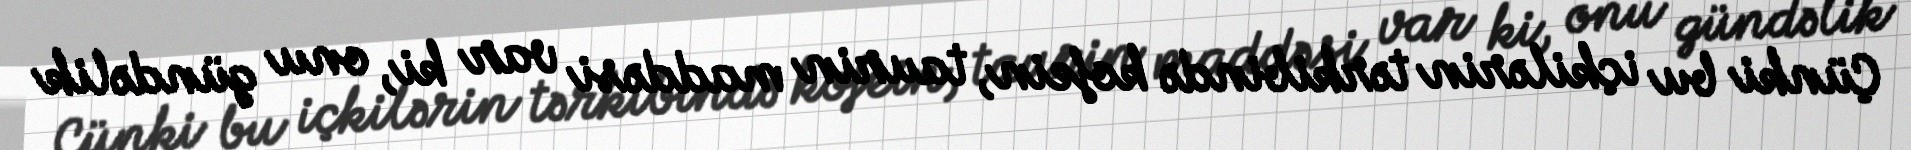
Çünki bu içkilərin tərkibində kofein, taurin maddəsi var ki, onu gündəlik